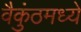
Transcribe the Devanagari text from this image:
वैकुंठमध्ये